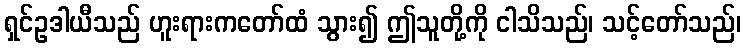
ရှင်ဥဒါယီသည် ဟူးရားကတော်ထံ သွား၍ ဤသူတို့ကို ငါသိသည်၊ သင့်တော်သည်၊